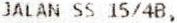
JALAN SS 15/4B,